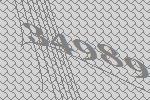
34989